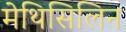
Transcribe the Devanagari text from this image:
मेथिसिलिन